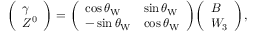
{ \left( \begin{array} { l } { \gamma } \\ { Z ^ { 0 } } \end{array} \right) } = { \left( \begin{array} { l l } { \cos \theta _ { \mathrm { W } } } & { \sin \theta _ { \mathrm { W } } } \\ { - \sin \theta _ { \mathrm { W } } } & { \cos \theta _ { \mathrm { W } } } \end{array} \right) } { \left( \begin{array} { l } { B } \\ { W _ { 3 } } \end{array} \right) } ,